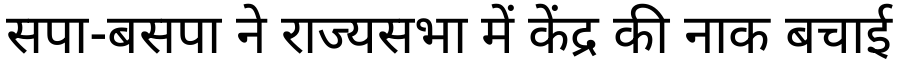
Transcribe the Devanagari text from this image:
सपा-बसपा ने राज्यसभा में केंद्र की नाक बचाई